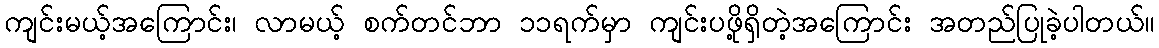
ကျင်းမယ့်အကြောင်း၊ လာမယ့် စက်တင်ဘာ ၁၁ရက်မှာ ကျင်းပဖို့ရှိတဲ့အကြောင်း အတည်ပြုခဲ့ပါတယ်။